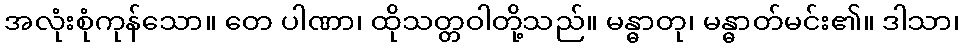
အလုံးစုံကုန်သော။ တေ ပါဏာ၊ ထိုသတ္တဝါတို့သည်။ မန္ဓာတု၊ မန္ဓာတ်မင်း၏။ ဒါသာ၊